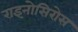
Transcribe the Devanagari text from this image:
राइनोसिरोस